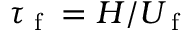
\tau _ { \textrm { f } } = H / U _ { \textrm { f } }